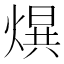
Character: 𤌱